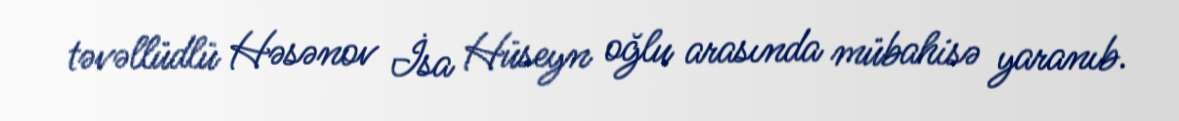
təvəllüdlü Həsənov İsa Hüseyn oğlu arasında mübahisə yaranıb.